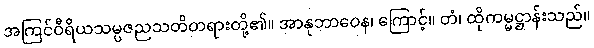
အကြင်ဝီရိယသမ္ပဇညသတိတရားတို့၏။ အာနုဘာဝေန၊ ကြောင့်။ တံ၊ ထိုကမ္မဋ္ဌာန်းသည်။